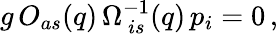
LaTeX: g\, O_{as}(q)\, \Omega_{\ is}^{-1}(q)\, p_{i}=0\, ,